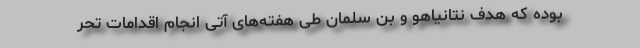
بوده که هدف نتانیاهو و بن سلمان طی هفته‌های آتی انجام اقدامات تحر